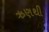
ઋણથી